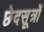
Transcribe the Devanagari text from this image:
छेदसूत्रों